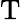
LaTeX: \mathrm{T}